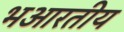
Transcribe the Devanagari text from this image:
भआरतीय